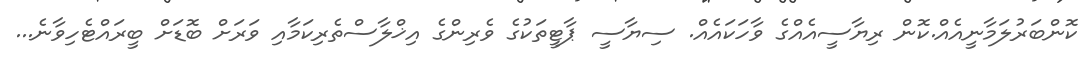
ކޮންބަރުލަމާނީއެއް.ކޮން ރިޔާސީއެއްގެ ވާހަކައެއް. ސިޔާސީ ޕާޓީތަކުގެ ވެރިންގެ އިޚްލާސްތެރިކަމާއި ވަރަށް ބޮޑަށް ބީރައްޓެހިވާނެ...